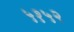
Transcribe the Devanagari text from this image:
५१५२